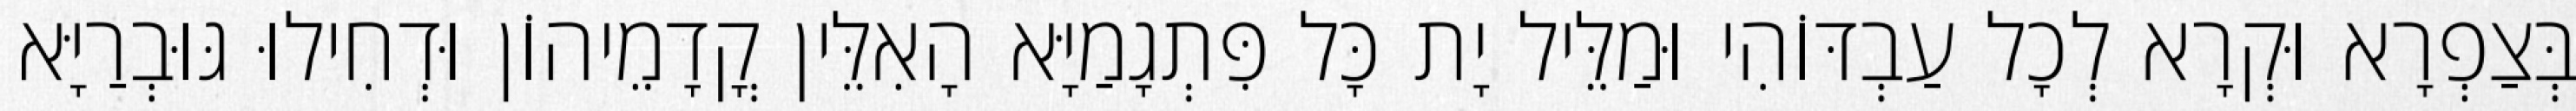
בְּצַפְרָא וּקְרָא לְכָל עַבְדּוֹהִי וּמַלֵּיל יָת כָּל פִּתְגָמַיָּא הָאִלֵּין קֳדָמֵיהוֹן וּדְחִילוּ גּוּבְרַיָּא